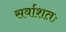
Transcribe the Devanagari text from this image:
सर्वाशतः